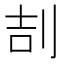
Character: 㓤